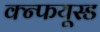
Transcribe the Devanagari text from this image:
क्न्फयूस्ड